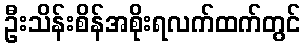
ဦးသိန်းစိန်အစိုးရလက်ထက်တွင်